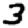
Digit: 3